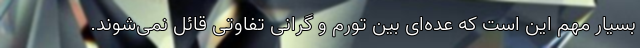
بسیار مهم این است که عده‌ای بین تورم و گرانی تفاوتی قائل نمی‌شوند.